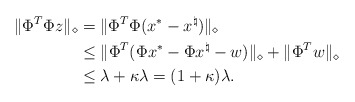
\begin{align*}\|\Phi^T\Phi z\|_\diamond &= \|\Phi^T\Phi (x^*-x^\natural)\|_\diamond \\ &\leq \|\Phi^T(\Phi x^*-\Phi x^\natural-w)\|_\diamond +\|\Phi^Tw\|_\diamond \\ & \leq \lambda+\kappa \lambda=(1+\kappa)\lambda.\end{align*}